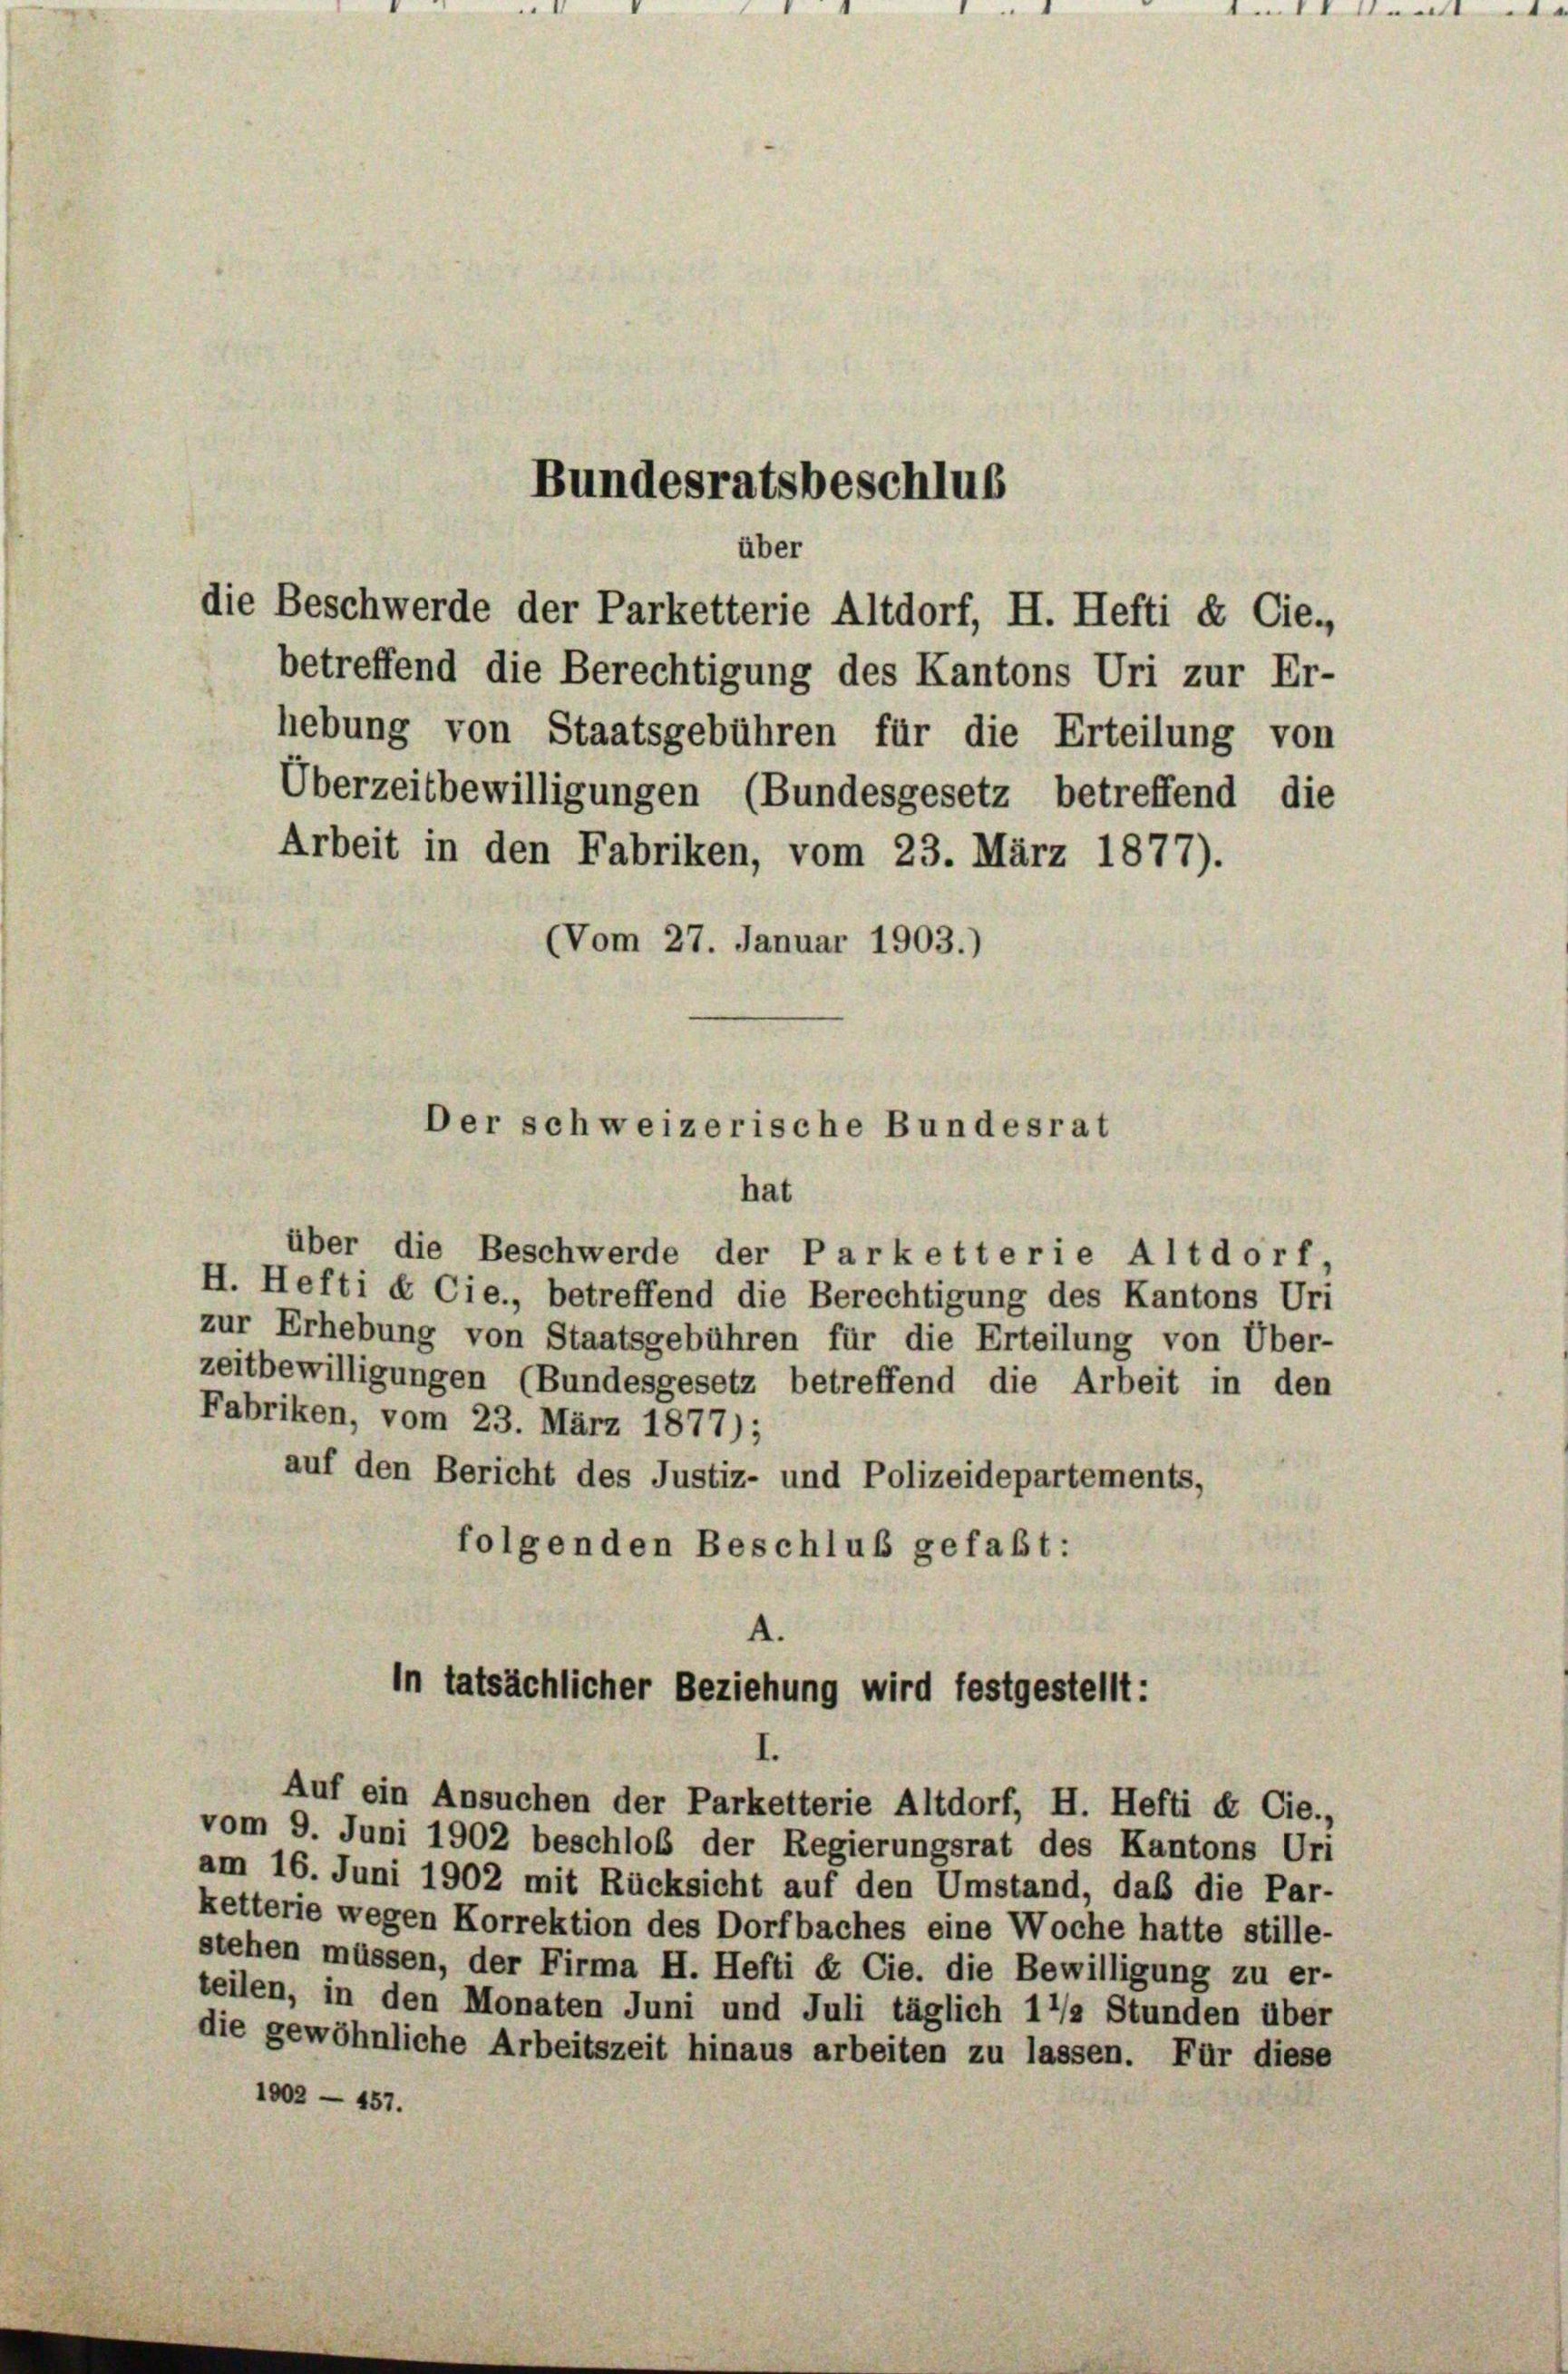
Bundesratsbeschluß

Arbeit in den Fabriken, vom 23. März 1877).
(Vom 27. Januar 1903.)

über
betreffend die Berechtigung des Kantons Uri zur Er-
hebung von Staatsgebühren für die Erteilung von
Überzeitbewilligungen (Bundesgesetz betreffend die

hat
über die Beschwerde der Parketterie Altdorf,
H. Hefti & Cie., betreffend die Berechtigung des Kantons Uri
zur Erhebung von Staatsgebühren für die Erteilung von Über-
zeitbewilligungen (Bundesgesetz betreffend die Arbeit in den
Fabriken, vom 23. März 1877);
auf den Bericht des Justiz- und Polizeidepartements,
folgenden Beschluß gefaßt:

Der schweizerische Bundesrat

die Beschwerde der Parketterie Altdorf, H. Hefti & Cie.

4.
In tatsächlicher Beziehung wird festgestellt:

Auf ein Ansuchen der Parketterie Altdorf, H. Hefti et Cie.,
vom 9. Juni 1902 beschloß der Regierungsrat des Kantons Un
am 16. Juni 1902 mit Rücksicht auf den Umstand, daß die Par-
ketterie wegen Korrektion des Dorfbaches eine Woche hatte stille-
stehen müssen, der Firma H. Hefti & Cie. die Bewilligung zu er-
teilen, in den Monaten Juni und Juli täglich 1 1/2 Stunden über
die gewöhnliche Arbeitszeit hinaus arbeiten zu lassen. Für diese
1002 - 457.